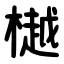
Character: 樾